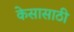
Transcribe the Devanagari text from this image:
केसासाठी